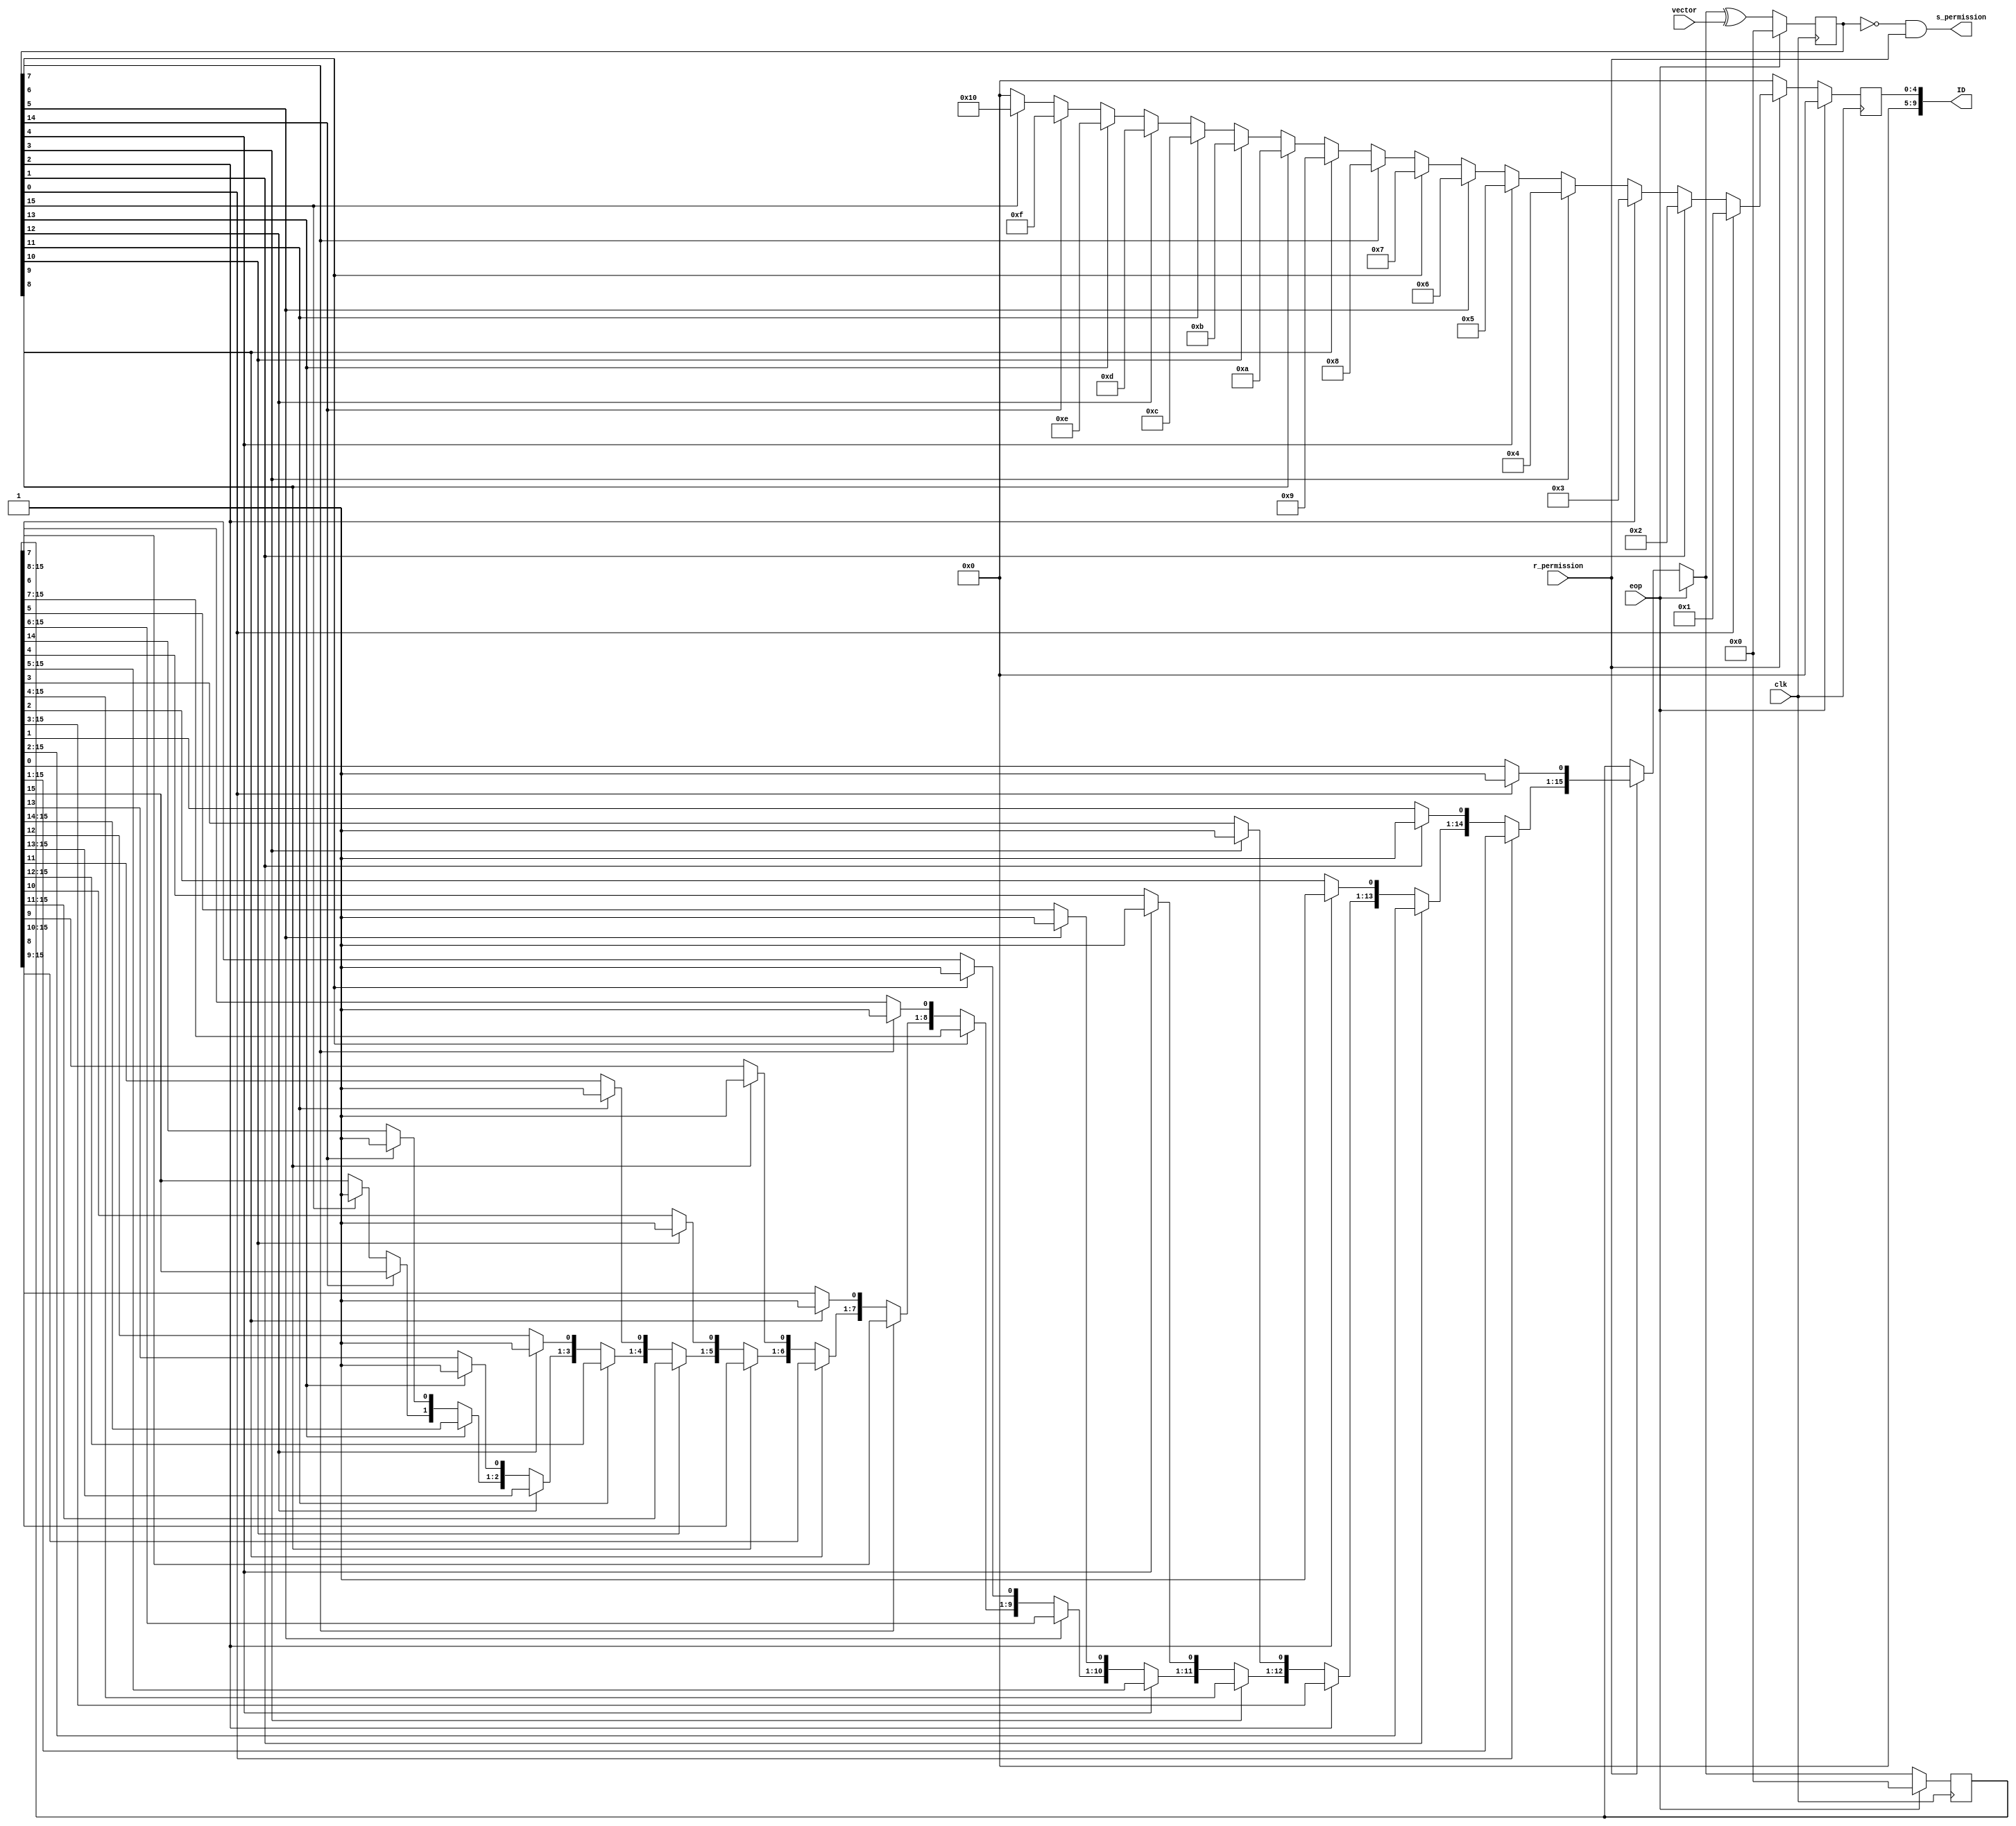
`timescale 1ns / 1ps
//////////////////////////////////////////////////////////////////////////////////
// Company: 
// Engineer: 
// 
// Design Name: 
// Module Name:    PCRE_L 
// Project Name: 
// Target Devices: 
// Tool versions: 
// Description: 
//
// Dependencies: 
//
// Revision: 
// Revision 0.01 - File Created
// Additional Comments: 
//
//////////////////////////////////////////////////////////////////////////////////
module PCRE_L #(parameter MAX = 15,MAX_B = 3,BASE = 0) (
    input clk,
	 input r_permission,
    input [MAX:0] vector,
	 input eop,
	 output s_permission,
    output reg [9:0] ID
    );
	 reg [MAX:0] data_get;
	 reg [MAX:0] temp;
	 
	 reg [MAX_B:0] counter[1:0];
	 wire triger;
	 
	 initial begin
		data_get = 0;
		temp = 0;
		ID = 0;
		counter[0] = 0;
		counter[1] = 1;
	 end
	 
	 assign triger = (data_get == 0) ? 0 : 1;
	 assign s_permission = ~triger && r_permission;
	 
	 always@(posedge clk) begin
		ID = 0;
		if (eop) begin
			data_get  = 0;
			temp = 0;
		end
		else begin
			if (r_permission) begin
				if (data_get[0]) begin 
					ID = 1 + BASE;
					temp[0] = 1;
				end
				else if (data_get[1]) begin 
					ID = 2 + BASE;
					temp[1] = 1;
				end
				else if (data_get[2]) begin 
					ID = 3 + BASE;
					temp[2] = 1;
				end
				else if (data_get[3]) begin 
					ID = 4 + BASE;
					temp[3] = 1;
				end
				else if (data_get[4]) begin 
					ID = 5 + BASE;
					temp[4] = 1;
				end
				else if (data_get[5]) begin 
					ID = 6 + BASE;
					temp[5] = 1;
				end
				else if (data_get[6]) begin 
					ID = 7 + BASE;
					temp[6] = 1;
				end
				else if (data_get[7]) begin 
					ID = 8 + BASE;
					temp[7] = 1;
				end
				else if (data_get[8]) begin 
					ID = 9 + BASE;
					temp[8] = 1;
				end
				else if (data_get[9]) begin 
					ID = 10 + BASE;
					temp[9] = 1;
				end
				else if (data_get[10]) begin 
					ID = 11 + BASE;
					temp[10] = 1;
				end
				else if (data_get[11]) begin 
					ID = 12 + BASE;
					temp[11] = 1;
				end
				else if (data_get[12]) begin 
					ID = 13 + BASE;
					temp[12] = 1;
				end
				else if (data_get[13]) begin 
					ID = 14 + BASE;
					temp[13] = 1;
				end
				else if (data_get[14]) begin 
					ID = 15 + BASE;
					temp[14] = 1;
				end
				else if (data_get[15]) begin 
					ID = 16 + BASE;
					temp[15] = 1;
				end
			end
			data_get = temp ^ vector;
		end
	 end
	 
	 
endmodule